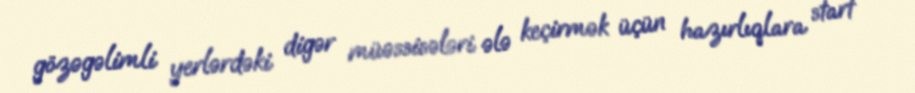
gözəgəlimli yerlərdəki digər müəssisələri ələ keçirmək üçün hazırlıqlara start